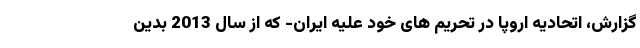
گزارش، اتحادیه اروپا در تحریم های خود علیه ایران- که از سال 2013 بدین